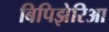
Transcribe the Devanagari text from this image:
बिपिझेरिआ